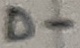
Text: D-